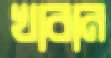
খাবান